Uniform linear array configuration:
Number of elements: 4
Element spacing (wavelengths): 0.25
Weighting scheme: cosine
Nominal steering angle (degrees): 60
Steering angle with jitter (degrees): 60.013
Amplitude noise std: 0.05
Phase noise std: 0.05

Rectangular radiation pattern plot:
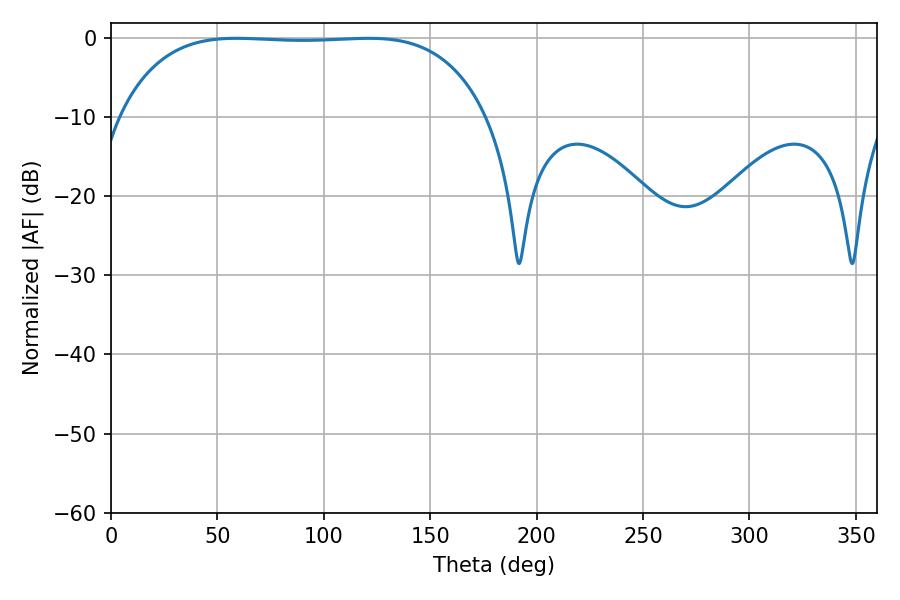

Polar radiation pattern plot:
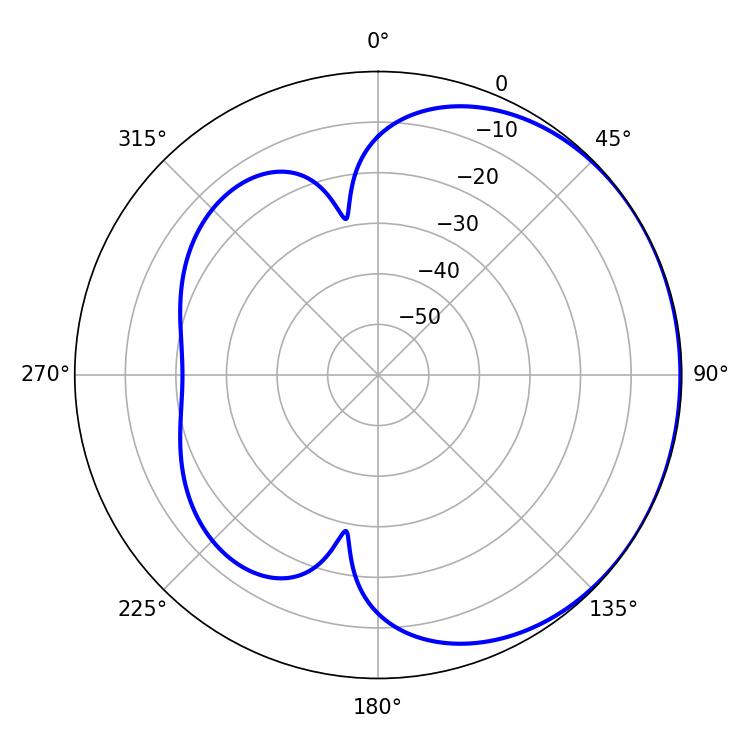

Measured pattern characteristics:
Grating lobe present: FALSE
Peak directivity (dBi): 0.6768
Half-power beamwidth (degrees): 134.64
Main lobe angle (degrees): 58.86